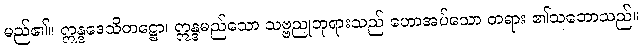
မည်၏။ ဣန္ဒဒေသိတဋ္ဌော၊ ဣန္ဒမည်သော သဗ္ဗညုဘုရားသည် ဟောအပ်သော တရား ၏သဘောသည်။